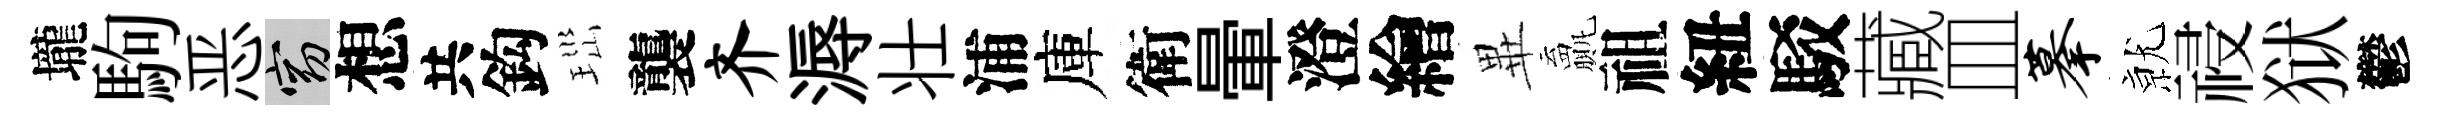
壠駒恶窈想共鈎𤤼襲齐溽壮浦庫衛暈澄繪𭺾贏祖紐駁藏皿摹𭕒祲狱鬱